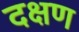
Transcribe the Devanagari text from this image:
दक्षण